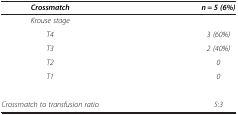
<table><thead><tr><td><b><i>Crossmatch</i></b></td><td><b><i>n = 5 (6%)</i></b></td></tr></thead><tbody><tr><td><i>Krouse stage</i></td><td> </td></tr><tr><td><i>T4</i></td><td><i>3 (60%)</i></td></tr><tr><td><i>T3</i></td><td><i>2 (40%)</i></td></tr><tr><td><i>T2</i></td><td><i>0</i></td></tr><tr><td><i>T1</i></td><td><i>0</i></td></tr><tr><td> </td><td> </td></tr><tr><td><i>Crossmatch to transfusion ratio</i></td><td><i>5:3</i></td></tr></tbody></table>